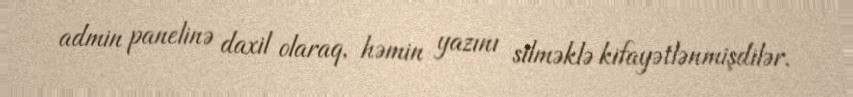
admin panelinə daxil olaraq, həmin yazını silməklə kifayətlənmişdilər.